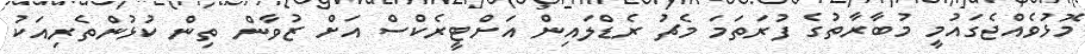
މޮޅުވެއްޖެގައުމީ މުބާރާތުގެ ފުރަތަމަ މެޗު ރެޑްލައިން އަށްޓީރެކްސް އަށް ޒުވާން ތިން ކުޅުންތެރިއަކު